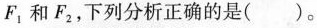
F_{1}，和F_{2}，下列分析正确的是( )。